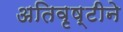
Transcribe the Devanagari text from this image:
अतिवृष्टीने